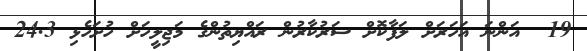
19  އަންނަ އަހަރަށް ލަފާކޮށް ސަރުކާރުން ރައްޔިތުންގެ މަޖިލީހަށް ހުށަހެޅި 24.3